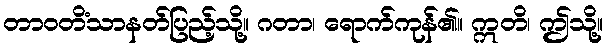
တာဝတိံသာနတ်ပြည့်သို့။ ဂတာ၊ ရောက်ကုန်၏။ ဣတိ၊ ဤသို့။